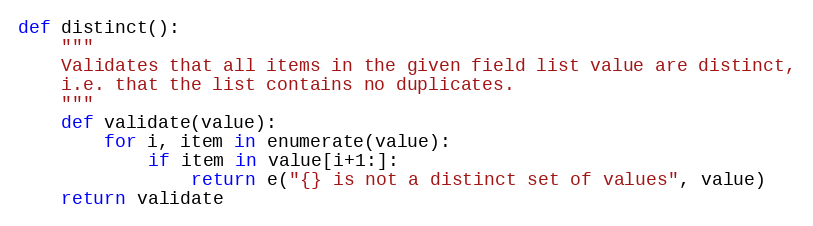
Language: Python
def distinct():
    """
    Validates that all items in the given field list value are distinct,
    i.e. that the list contains no duplicates.
    """
    def validate(value):
        for i, item in enumerate(value):
            if item in value[i+1:]:
                return e("{} is not a distinct set of values", value)
    return validate